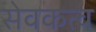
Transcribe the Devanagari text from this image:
सेवकत्व